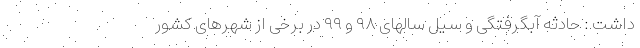
داشت : حادثه آبگرفتگی و سیل سالهای ۹۸ و ۹۹ در برخی از شهرهای کشور